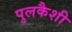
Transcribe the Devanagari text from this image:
पुलकैशी